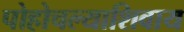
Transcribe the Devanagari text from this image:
पोहोचल्याशिवाय